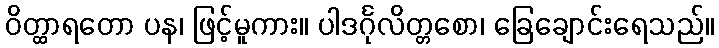
ဝိတ္ထာရတော ပန၊ ဖြင့်မူကား။ ပါဒင်္ဂုလိတ္တစော၊ ခြေချောင်းရေသည်။